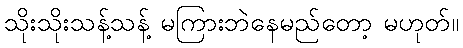
သိုးသိုးသန့်သန့် မကြားဘဲနေမည်တော့ မဟုတ်။